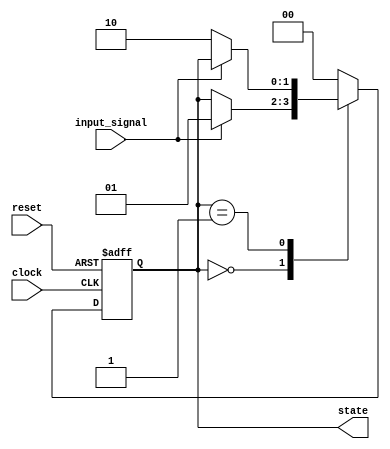
module fsm_example (
    input wire clock,        // Clock input
    input wire reset,        // Asynchronous reset
    input wire input_signal, // Example input signal
    output reg [1:0] state   // State output (2 bits for 4 states)
);

    // State encoding
    localparam STATE_0 = 2'b00;
    localparam STATE_1 = 2'b01;
    localparam STATE_2 = 2'b10;

    // Initial state
    initial begin
        state = STATE_0; // Initialize state to STATE_0
    end

    // Sequential logic block sensitive to the rising edge of the clock
    always @(posedge clock or posedge reset) begin
        if (reset) begin
            state <= STATE_0; // Reset state to STATE_0
        end else begin
            case (state)
                STATE_0: begin
                    if (input_signal) begin
                        state <= STATE_1; // Transition to STATE_1
                    end
                end
                STATE_1: begin
                    if (!input_signal) begin
                        state <= STATE_2; // Transition to STATE_2
                    end
                end
                STATE_2: begin
                    state <= STATE_0; // Transition back to STATE_0
                end
                default: begin
                    state <= STATE_0; // Default case to ensure safe state
                end
            endcase
        end
    end
endmodule